Lunatic asylums in Bengal annual reports 1912-1924 - 1912-1924
Year: 1912
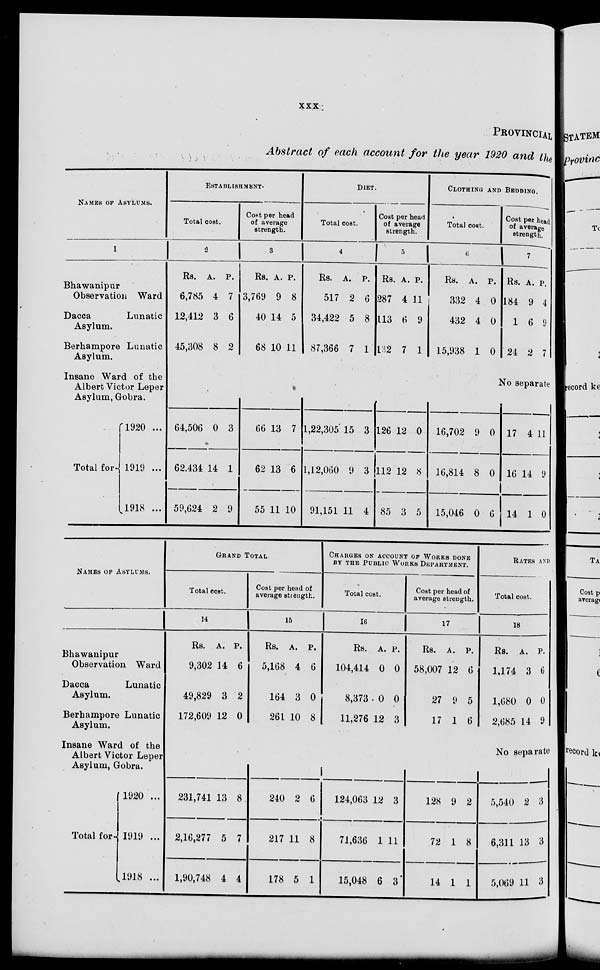
xxx
PROVINCIAL
Abstract of each account for the year 1920 and the
NAMES OF ASYLUMS.
1
Bhawanipar
Observation Ward
Dacca
Lunatic
Asylum.
Berhampore Lunatic
Asylum.
Insane Ward of the
Albert Victor Leper
Asylum, Gobra.
Total for
1920 ...
1919 ...
1918 ...
ESTABLISHMENT.
Total cost.
2
Rs.
6,785
12,412
45,308
A.
4
3
8
P.
7
6
2
Cost per head
of average
strength.
3
Rs.
3,769
40
68
A.
9
14
10
P.
8
5
11
DIET.
Total cost.
4
Rs.
517
34,422
87,366
A.
2
5
7
P.
6
8
1
Cost per head
of average
strength.
5
Rs.
287
113
132
A.
4
6
7
P.
11
9
1
CLOTHING AND BEDDING.
Total cost.
6
Rs.
332
432
15,938
A.
4
4
1
P.
0
0
0
Cost per head
of average
strength.
7
Rs.
184
1
24
A.
9
6
2
P.
4
9
7
No separate
64,506
62,434
59,624
0
14
2
3
1
9
66
62
55
13
13
11
7
6
10
1,22,305
1,12,060
91,151
15
9
11
3
3
4
126
112
85
12
12
3
0
8
5
16,702
16,814
15,046
9
8
0
0
0
6
17
16
14
4
14
1
11
9
0
NAMES OF ASYLUMS.
Bhawanipur
Observation Ward
Dacca
Lunatic
Asylum.
Berhampore Lunatic
Asylum.
Insane Ward of the
Albert Victor Leper
Asylum, Gobra.
Total for
1920 ...
1919 ...
1918 ...
GRAND TOTAL
Total cost.
14
Rs.
9,302
49,829
172,609
A.
14
3
12
P.
6
2
0
Cost per head of
average strength.
15
Rs.
5,168
164
261
A.
4
3
10
P.
6
0
8
CHARGES ON ACCOUNT OF WORKS DONE
BY THE PUBLIC WORKS DEPARTMENT.
Total cost.
16
Rs.
104,414
8,373
11,276
A.
0
0
12
P.
0
0
3
Cost per head of
average strength.
17
Rs.
58,007
27
17
A.
12
9
1
P.
6
5
6
RATES AND
Total cost.
18
Rs.
1,174
1,680
2,685
A.
3
0
14
P.
6
0
9
No separate
231,741
2,16,277
1,90,748
13
5
4
8
7
4
240
217
178
2
11
5
6
8
1
124,063
71,636
15,048
12
1
6
3
11
3
128
72
14
9
1
1
2
8
1
5,540
6,311
5,069
2
13
11
3
3
3